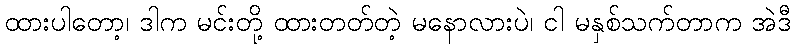
ထားပါတော့၊ ဒါက မင်းတို့ ထားတတ်တဲ့ မနောလားပဲ၊ ငါ မနှစ်သက်တာက အဲဒီ